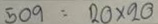
509 = 20 x 20